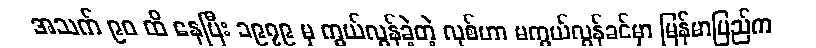
အသက် ၉၀ ထိ နေပြီး ၁၉၇၉ မှ ကွယ်လွန်ခဲ့တဲ့ လုစ်ဟာ မကွယ်လွန်ခင်မှာ မြန်မာပြည်က